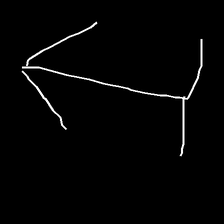
Glyph: levitation